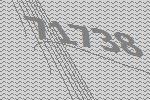
71738